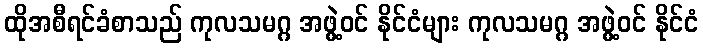
ထိုအစီရင်ခံစာသည် ကုလသမဂ္ဂ အဖွဲ့ဝင် နိုင်ငံများ ကုလသမဂ္ဂ အဖွဲ့ဝင် နိုင်ငံ